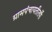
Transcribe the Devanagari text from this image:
ग्रामपंचायतीतर्फे